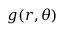
g ( r , \theta )